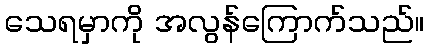
သေရမှာကို အလွန်ကြောက်သည်။